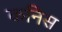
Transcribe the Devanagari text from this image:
कनिस